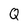
Character: Q